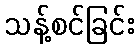
သန့်စင်ခြင်း